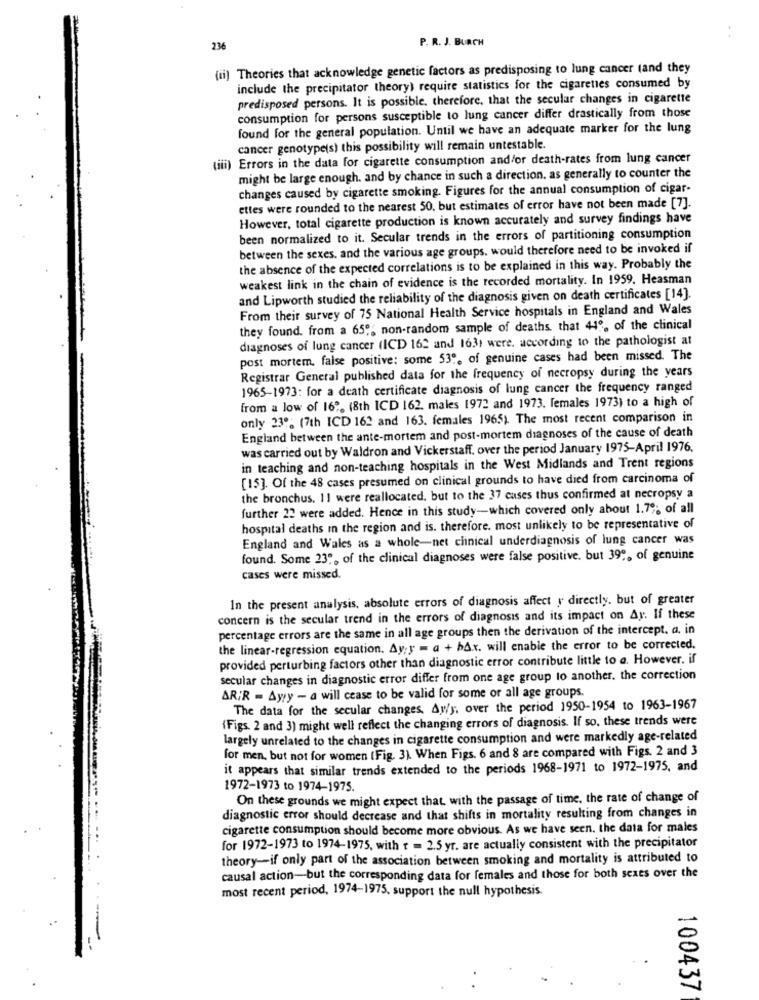
P. R. J. BURCH
236
(ii) Theories that acknowledge genetic factors as predisposing to lung cancer (and they
include the precipitator theory) require statistics for the cigarettes consumed by
predisposed persons. It is possible. therefore, that the secular changes in cigarette
consumption for persons susceptible to lung cancer differ drastically from those
found for the general population. Until we have an adequate marker for the lung
cancer genotype(s) this possibility will remain untestable.
(iii) Errors in the data for cigarette consumption and/or death-rates from lung cancer
might be large enough. and by chance in such a direction. as generally to counter the
changes caused by cigarette smoking. Figures for the annual consumption of cigar-
ettes were rounded to the nearest 50, but estimates of error have not been made [7].
However, total cigarette production is known accurately and survey findings have
been normalized to it. Secular trends in the errors of partitioning consumption
between the sexes, and the various age groups. would therefore need to be invoked if
the absence of the expected correlations is to be explained in this way. Probably the
weakest link in the chain of evidence is the recorded mortality. In 1959. Heasman
and Lipworth studied the reliability of the diagnosis given on death certificates [14].
From their survey of 75 National Health Service hospitals in England and Wales
they found. from a 65", non-random sample of deaths that 44, of the clinical
diagnoses of lung cancer (ICD 162 and 1631 were. according to the pathologist at
post mortem, false positive: some 53", of genuine cases had been missed. The
Registrar General published data for the frequency of necropsy during the years
1965-1973: for a death certificate diagnosis of lung cancer the frequency ranged
from a low of 16". (8th ICD 162. males 1972 and 1973. females 1973) to a high of
only 230; (7th ICD 162 and 163. females 1965). The most recent comparison in
England between the ante-mortem and post-mortem diagnoses of the cause of death
was carried out by Waldron and Vickerstaff. over the period January 1975-April 1976,
in teaching and non-teaching hospitals in the West Midlands and Trent regions
[15]. Of the 48 cases presumed on clinical grounds to have died from carcinoma of
the bronchus. 11 were reallocated, but to the 37 cases thus confirmed at necropsy a
further 22 were added. Hence in this study-which covered only about 1.79; of all
hospital deaths in the region and is. therefore. most unlikely to be representative of
England and Wales as a whole-net clinical underdiagnosis of lung cancer was
found. Some 23", of the clinical diagnoses were false positive. but 39", of genuine
cases were missed.
In the present analysis, absolute errors of diagnosis affect y directly. but of greater
concern is the secular trend in the errors of diagnosis and its impact on Ay. If these
percentage errors are the same in all age groups then the derivation of the intercept. a. in
the linear regression equation. Ay; y = a + bA.r. will enable the error to be corrected.
provided perturbing factors other than diagnostic error contribute little to a. However. if
secular changes in diagnostic error differ from one age group to another. the correction
ARIR - Ayy - a will cease to be valid for some or all age groups.
The data for the secular changes. Ay/y, over the period 1950-1954 to 1963-1967
(Figs. 2 and 3) might well reflect the changing errors of diagnosis. If so, these trends were
largely unrelated to the changes in cigarette consumption and were markedly age-related
for men, but not for women (Fig. 3). When Figs. 6 and 8 are compared with Figs. 2 and 3
it appears that similar trends extended to the periods 1968-1971 to 1972-1975, and
1972-1973 to 1974-1975.
On these grounds we might expect that. with the passage of time, the rate of change of
diagnostic error should decrease and that shifts in mortality resulting from changes in
cigarette consumption should become more obvious. As we have seen. the data for males
for 1972-1973 to 1974-1975, with t = 2.5 yr. are actually consistent with the precipitator
theory-if only part of the association between smoking and mortality is attributed to
causal action-but the corresponding data for females and those for both sexes over the
most recent period, 1974-1975, support the null hypothesis.
100437